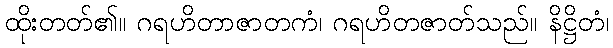
ထိုးတတ်၏။ ဂရဟိတာဇာတကံ၊ ဂရဟိတဇာတ်သည်။ နိဋ္ဌိတံ၊